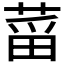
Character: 𱽻